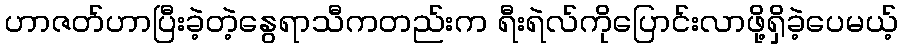
ဟာဇတ်ဟာပြီးခဲ့တဲ့နွေရာသီကတည်းက ရီးရဲလ်ကိုပြောင်းလာဖို့ရှိခဲ့ပေမယ့်